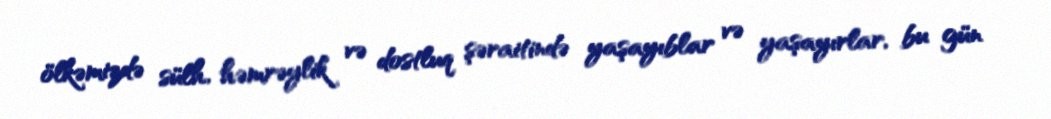
ölkəmizdə sülh, həmrəylik və dostluq şəraitində yaşayıblar və yaşayırlar, bu gün